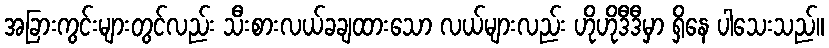
အခြားကွင်းများတွင်လည်း သီးစားလယ်ခချထားသော လယ်များလည်း ဟိုဟိုဒီဒီမှာ ရှိနေ ပါသေးသည်။